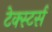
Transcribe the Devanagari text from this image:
टेक्स्टर्स